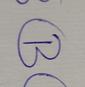
Signature authenticity: genuine